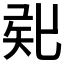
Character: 𥎲